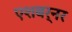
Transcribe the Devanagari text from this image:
एशबर्नर